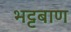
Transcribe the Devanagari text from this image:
भट्टबाण